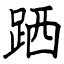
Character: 跴